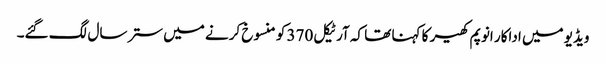
ویڈیو میں اداکار انوپم کھیر کا کہنا تھا کہ آرٹیکل 370 کو منسوخ کرنے میں ستر سال لگ گئے۔